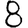
Digit: 8